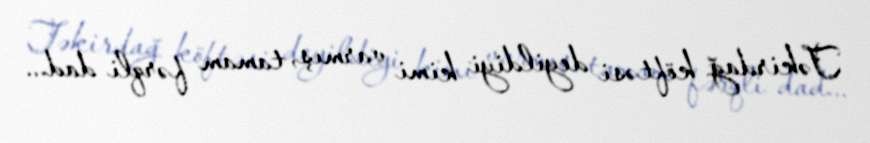
Təkirdağ köftəsi deyildiyi kimi varmış, tamam fərqli dad...